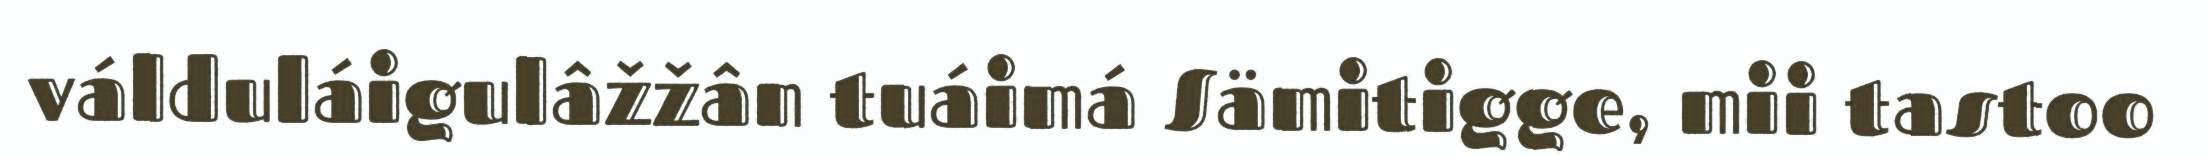
válduláigulâžžân tuáimá Sämitigge, mii tastoo